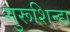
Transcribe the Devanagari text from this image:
गुरूशिन्हा